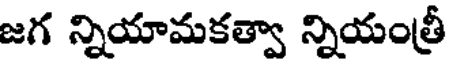
జగ న్నియామకత్వా న్నియంత్రీ